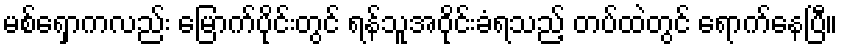
မစ်ရှောကလည်း မြောက်ပိုင်းတွင် ရန်သူအဝိုင်းခံရသည့် တပ်ထဲတွင် ရောက်နေပြီ။